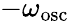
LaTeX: -\omega_{\mathrm{osc}}